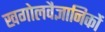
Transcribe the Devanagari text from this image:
खगोलवैज्ञानिकों